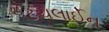
ટચલાઈન